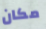
مكان